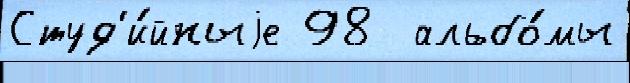
Студ'и́йныjе 98  альбо́мы